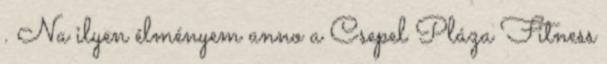
. Na ilyen élményem anno a Csepel Pláza Fitness